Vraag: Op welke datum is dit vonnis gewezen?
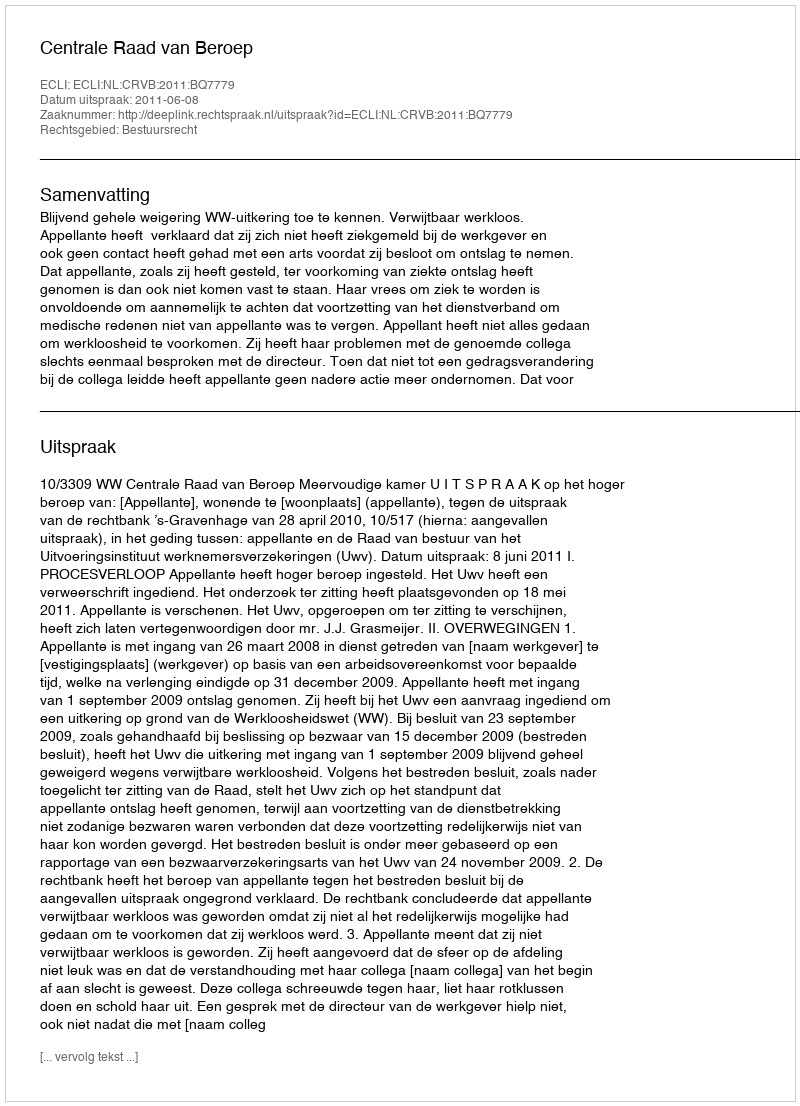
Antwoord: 2011-06-08